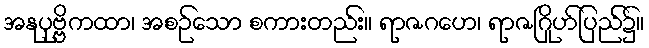
အနုပုဗ္ဗိကထာ၊ အစဉ်သော စကားတည်း။ ရာဇဂဟေ၊ ရာဇဂြိုဟ်ပြည်၌။